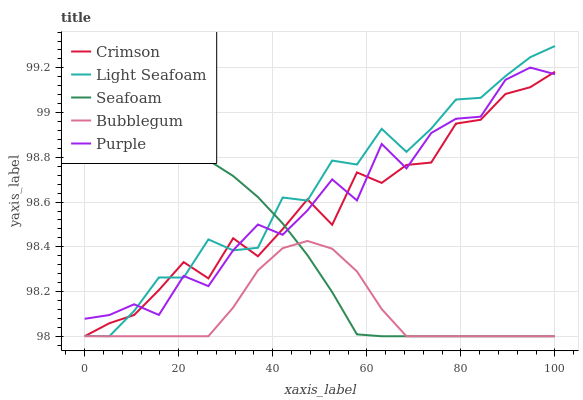
| xaxis_label | Crimson | Light Seafoam | Seafoam | Bubblegum | Purple |
 | --- | --- | --- | --- | --- | --- |
 | 0 | 98 | 98 | 98.8 | 98 | 98.1 |
 | 5.26 | 98.1 | 98 | 98.8 | 98 | 98.1 |
 | 10.5 | 98.1 | 98.1 | 98.9 | 98 | 98.1 |
 | 15.8 | 98.2 | 98.3 | 98.9 | 98 | 98.1 |
 | 21.1 | 98.3 | 98.3 | 98.8 | 98 | 98.3 |
 | 26.3 | 98.3 | 98.4 | 98.8 | 98 | 98.2 |
 | 31.6 | 98.4 | 98.4 | 98.7 | 98.1 | 98.4 |
 | 36.8 | 98.4 | 98.4 | 98.6 | 98.3 | 98.5 |
 | 42.1 | 98.5 | 98.6 | 98.5 | 98.4 | 98.5 |
 | 47.4 | 98.6 | 98.6 | 98.4 | 98.4 | 98.6 |
 | 52.6 | 98.5 | 98.8 | 98.2 | 98.4 | 98.7 |
 | 57.9 | 98.7 | 98.8 | 98 | 98.3 | 98.6 |
 | 63.2 | 98.7 | 98.9 | 98 | 98.1 | 98.9 |
 | 68.4 | 98.8 | 98.8 | 98 | 98 | 98.8 |
 | 73.7 | 98.8 | 98.9 | 98 | 98 | 98.9 |
 | 78.9 | 99 | 99.1 | 98 | 98 | 99 |
 | 84.2 | 99 | 99.1 | 98 | 98 | 99 |
 | 89.5 | 99.1 | 99.2 | 98 | 98 | 99.1 |
 | 94.7 | 99.1 | 99.2 | 98 | 98 | 99.2 |
 | 100 | 99.2 | 99.3 | 98 | 98 | 99.2 |